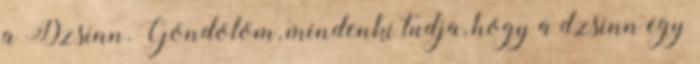
a Dzsinn. Gondolom, mindenki tudja, hogy a dzsinn egy